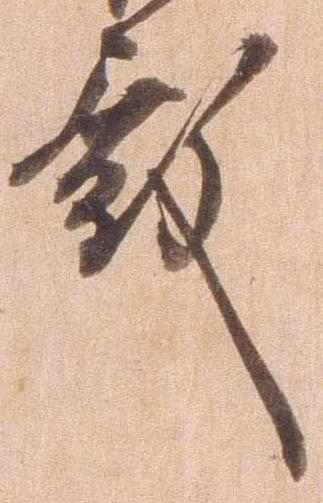
殿